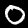
Digit: 0